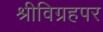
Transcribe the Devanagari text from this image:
श्रीविग्रहपर